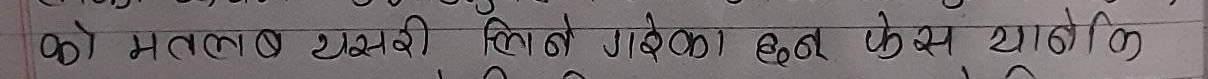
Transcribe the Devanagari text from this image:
को मतलब यसरी लेख्ने गरेका हुन केस चाहिन